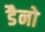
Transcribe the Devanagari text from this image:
डैनो